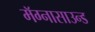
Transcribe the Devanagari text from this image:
मॅग्नासाउन्ड